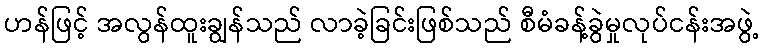
ဟန်ဖြင့် အလွန်ထူးချွန်သည် လာခဲ့ခြင်းဖြစ်သည် စီမံခန့်ခွဲမှုလုပ်ငန်းအဖွဲ့